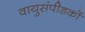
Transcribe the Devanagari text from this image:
वायुसंपीडकों